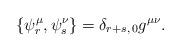
LaTeX: \begin{align*}\{\psi^{\mu}_{r},\psi^{\nu}_{s}\}=\delta_{r+s,\,0}g^{\mu\nu}.\end{align*}